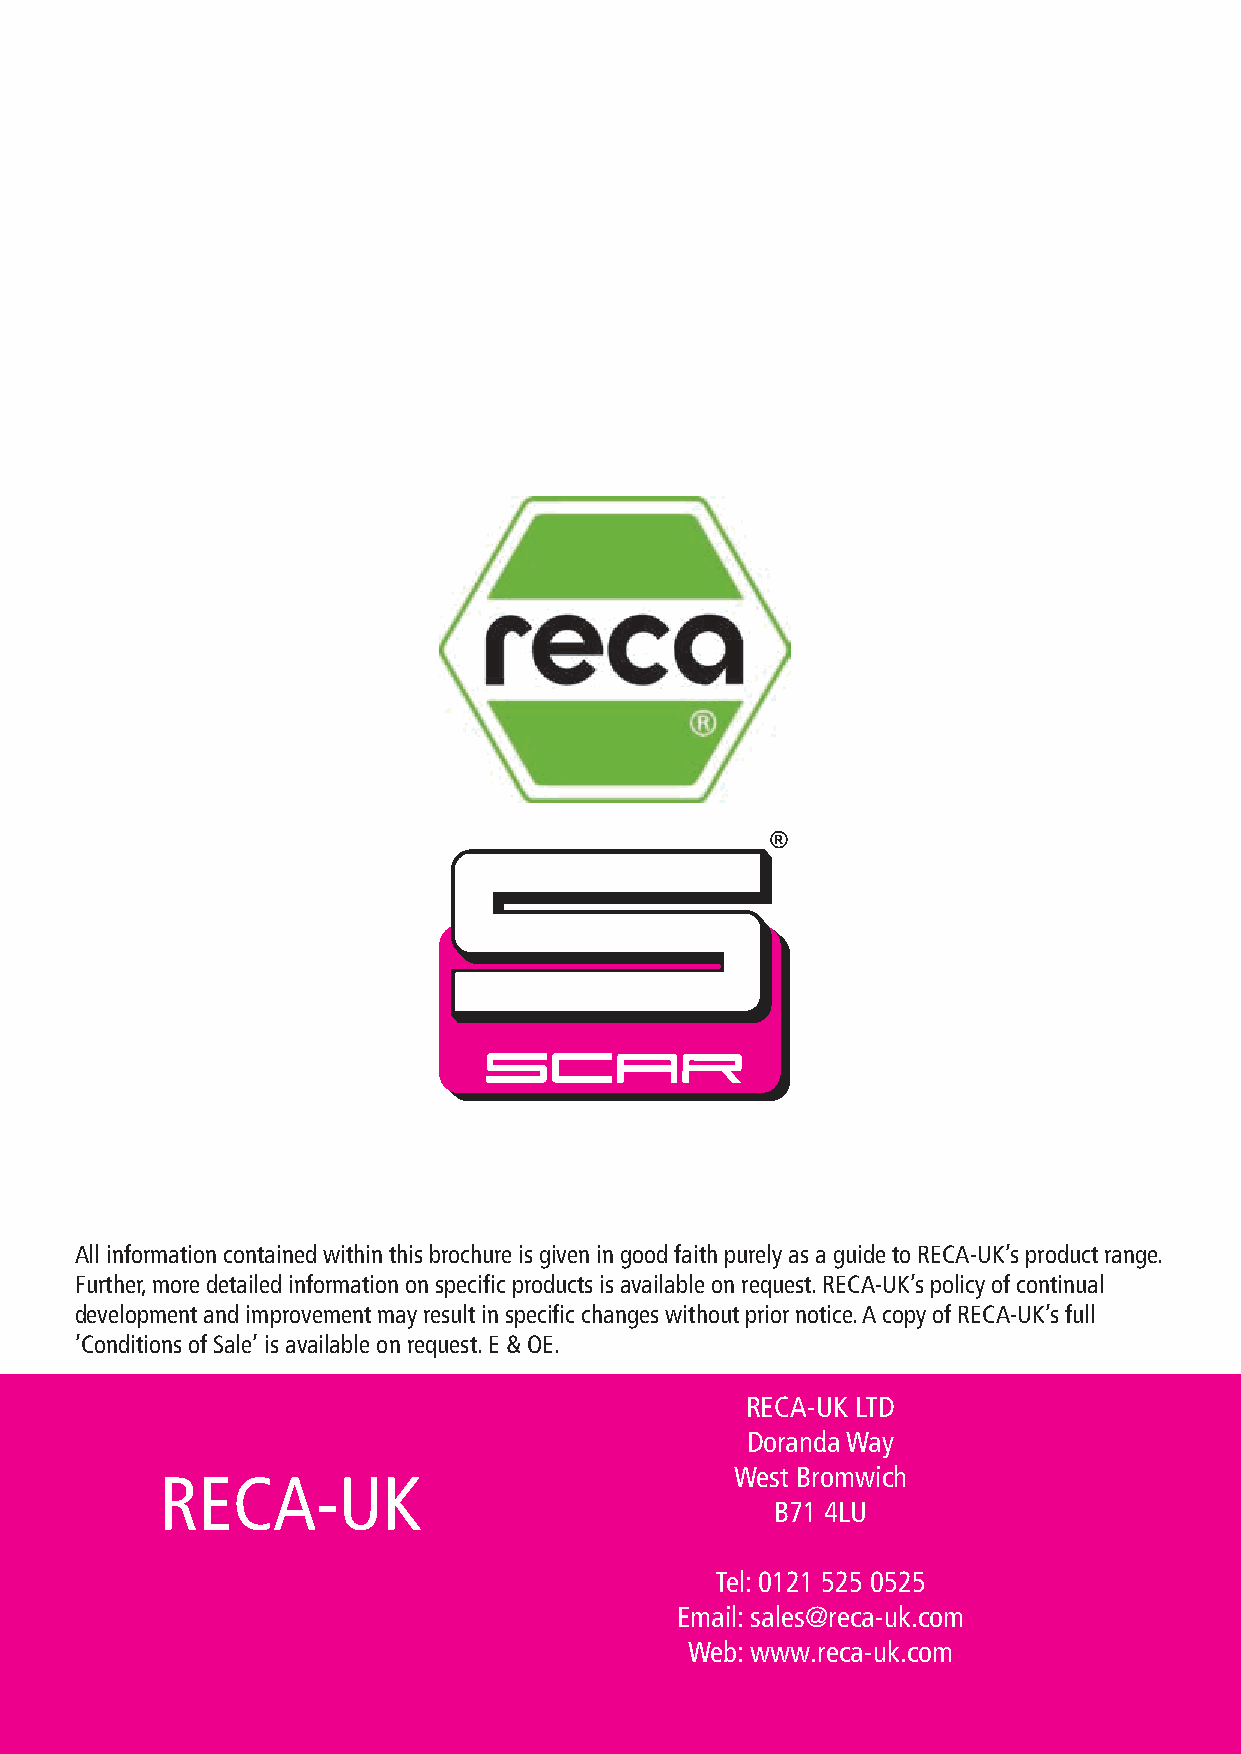
All information contained within this brochure is given in good faith purely as a guide to RECA-UK’s product range.
 Further, more detailed information on specific products is available on request. RECA-UK’s policy of continual
 development and improvement may result in specific changes without prior notice. A copy of RECA-UK’s full
 ’Conditions of Sale’ is available on request. E & OE.
 RECA-UK LTD
 Doranda Way
 West Bromwich
 RECA-UK
 B71 4LU
 Tel: 0121 525 0525
 Email: sales@reca-uk.com
 Web: www.reca-uk.com